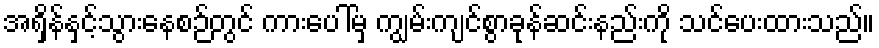
အရှိန်နှင့်သွားနေစဉ်တွင် ကားပေါ်မှ ကျွမ်းကျင်စွာခုန်ဆင်းနည်းကို သင်ပေးထားသည်။